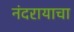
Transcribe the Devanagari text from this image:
नंदरायाचा